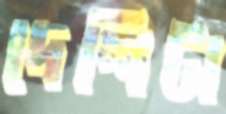
দেশিটা